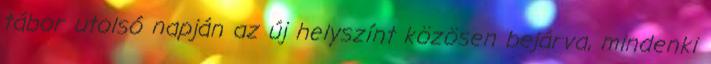
tábor utolsó napján az új helyszínt közösen bejárva, mindenki